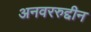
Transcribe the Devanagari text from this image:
अनवररुद्दीन